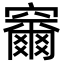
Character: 𮄞